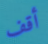
أقف